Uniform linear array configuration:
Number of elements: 48
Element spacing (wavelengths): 1
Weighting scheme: kaiser
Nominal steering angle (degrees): -45
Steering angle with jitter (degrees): -43.964
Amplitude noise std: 0.05
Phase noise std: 0.05

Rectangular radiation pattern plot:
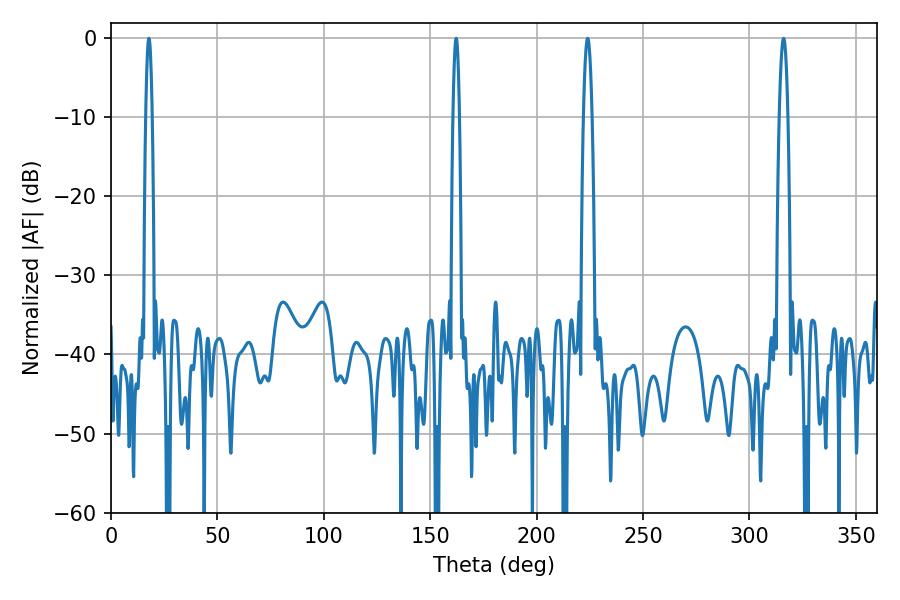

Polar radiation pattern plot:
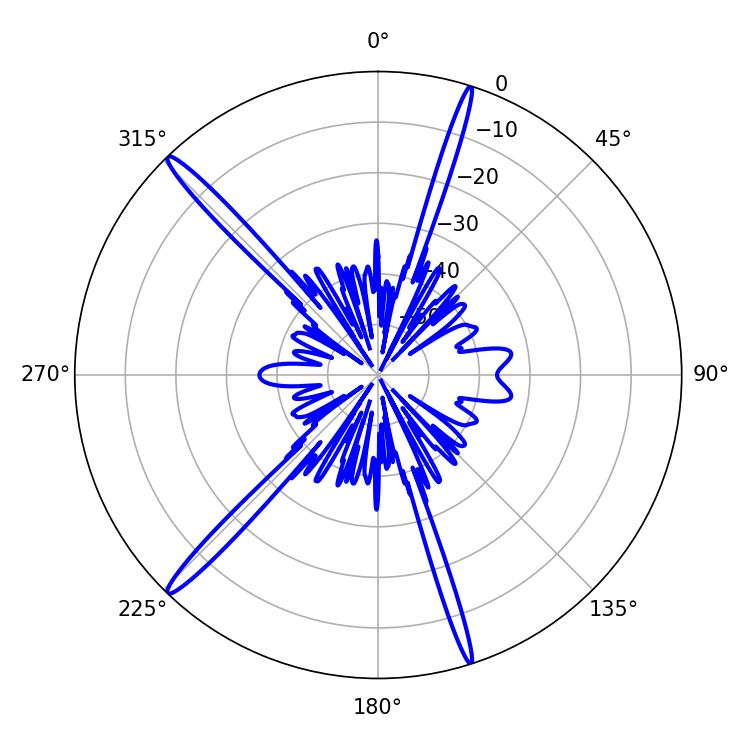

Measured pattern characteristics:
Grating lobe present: TRUE
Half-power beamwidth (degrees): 1.44
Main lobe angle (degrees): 162.18